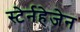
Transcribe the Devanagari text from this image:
स्टेर्नहेजेन